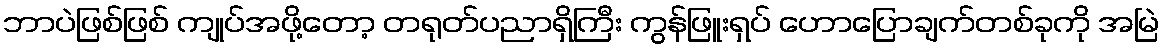
ဘာပဲဖြစ်ဖြစ် ကျုပ်အဖို့တော့ တရုတ်ပညာရှိကြီး ကွန်ဖြူးရှပ် ဟောပြောချက်တစ်ခုကို အမြဲ